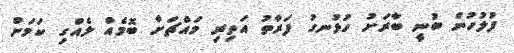
ފުލުހުން ބުނީ ބާރަށު ހުޅުނގު ފަރާތު އަތިިރި މައްޗަށް ބޮމެއް ލެއްގި ކަމަށް